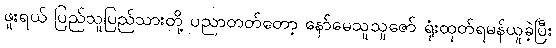
ဖူးရယ် ပြည်သူပြည်သားတို့ ပညာတတ်တော့ နော်မေသူသူဇော် ရုံးထုတ်ရမန်ယူခဲ့ပြီး